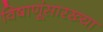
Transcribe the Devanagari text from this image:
विषाणूंसारख्या